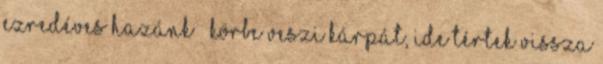
Ezredéves hazánk – körbe veszi Kárpát, Ide tértek vissza